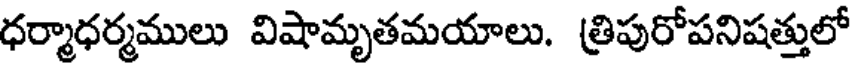
ధర్మాధర్మములు విషామృతమయాలు. త్రిపురోపనిషత్తులో